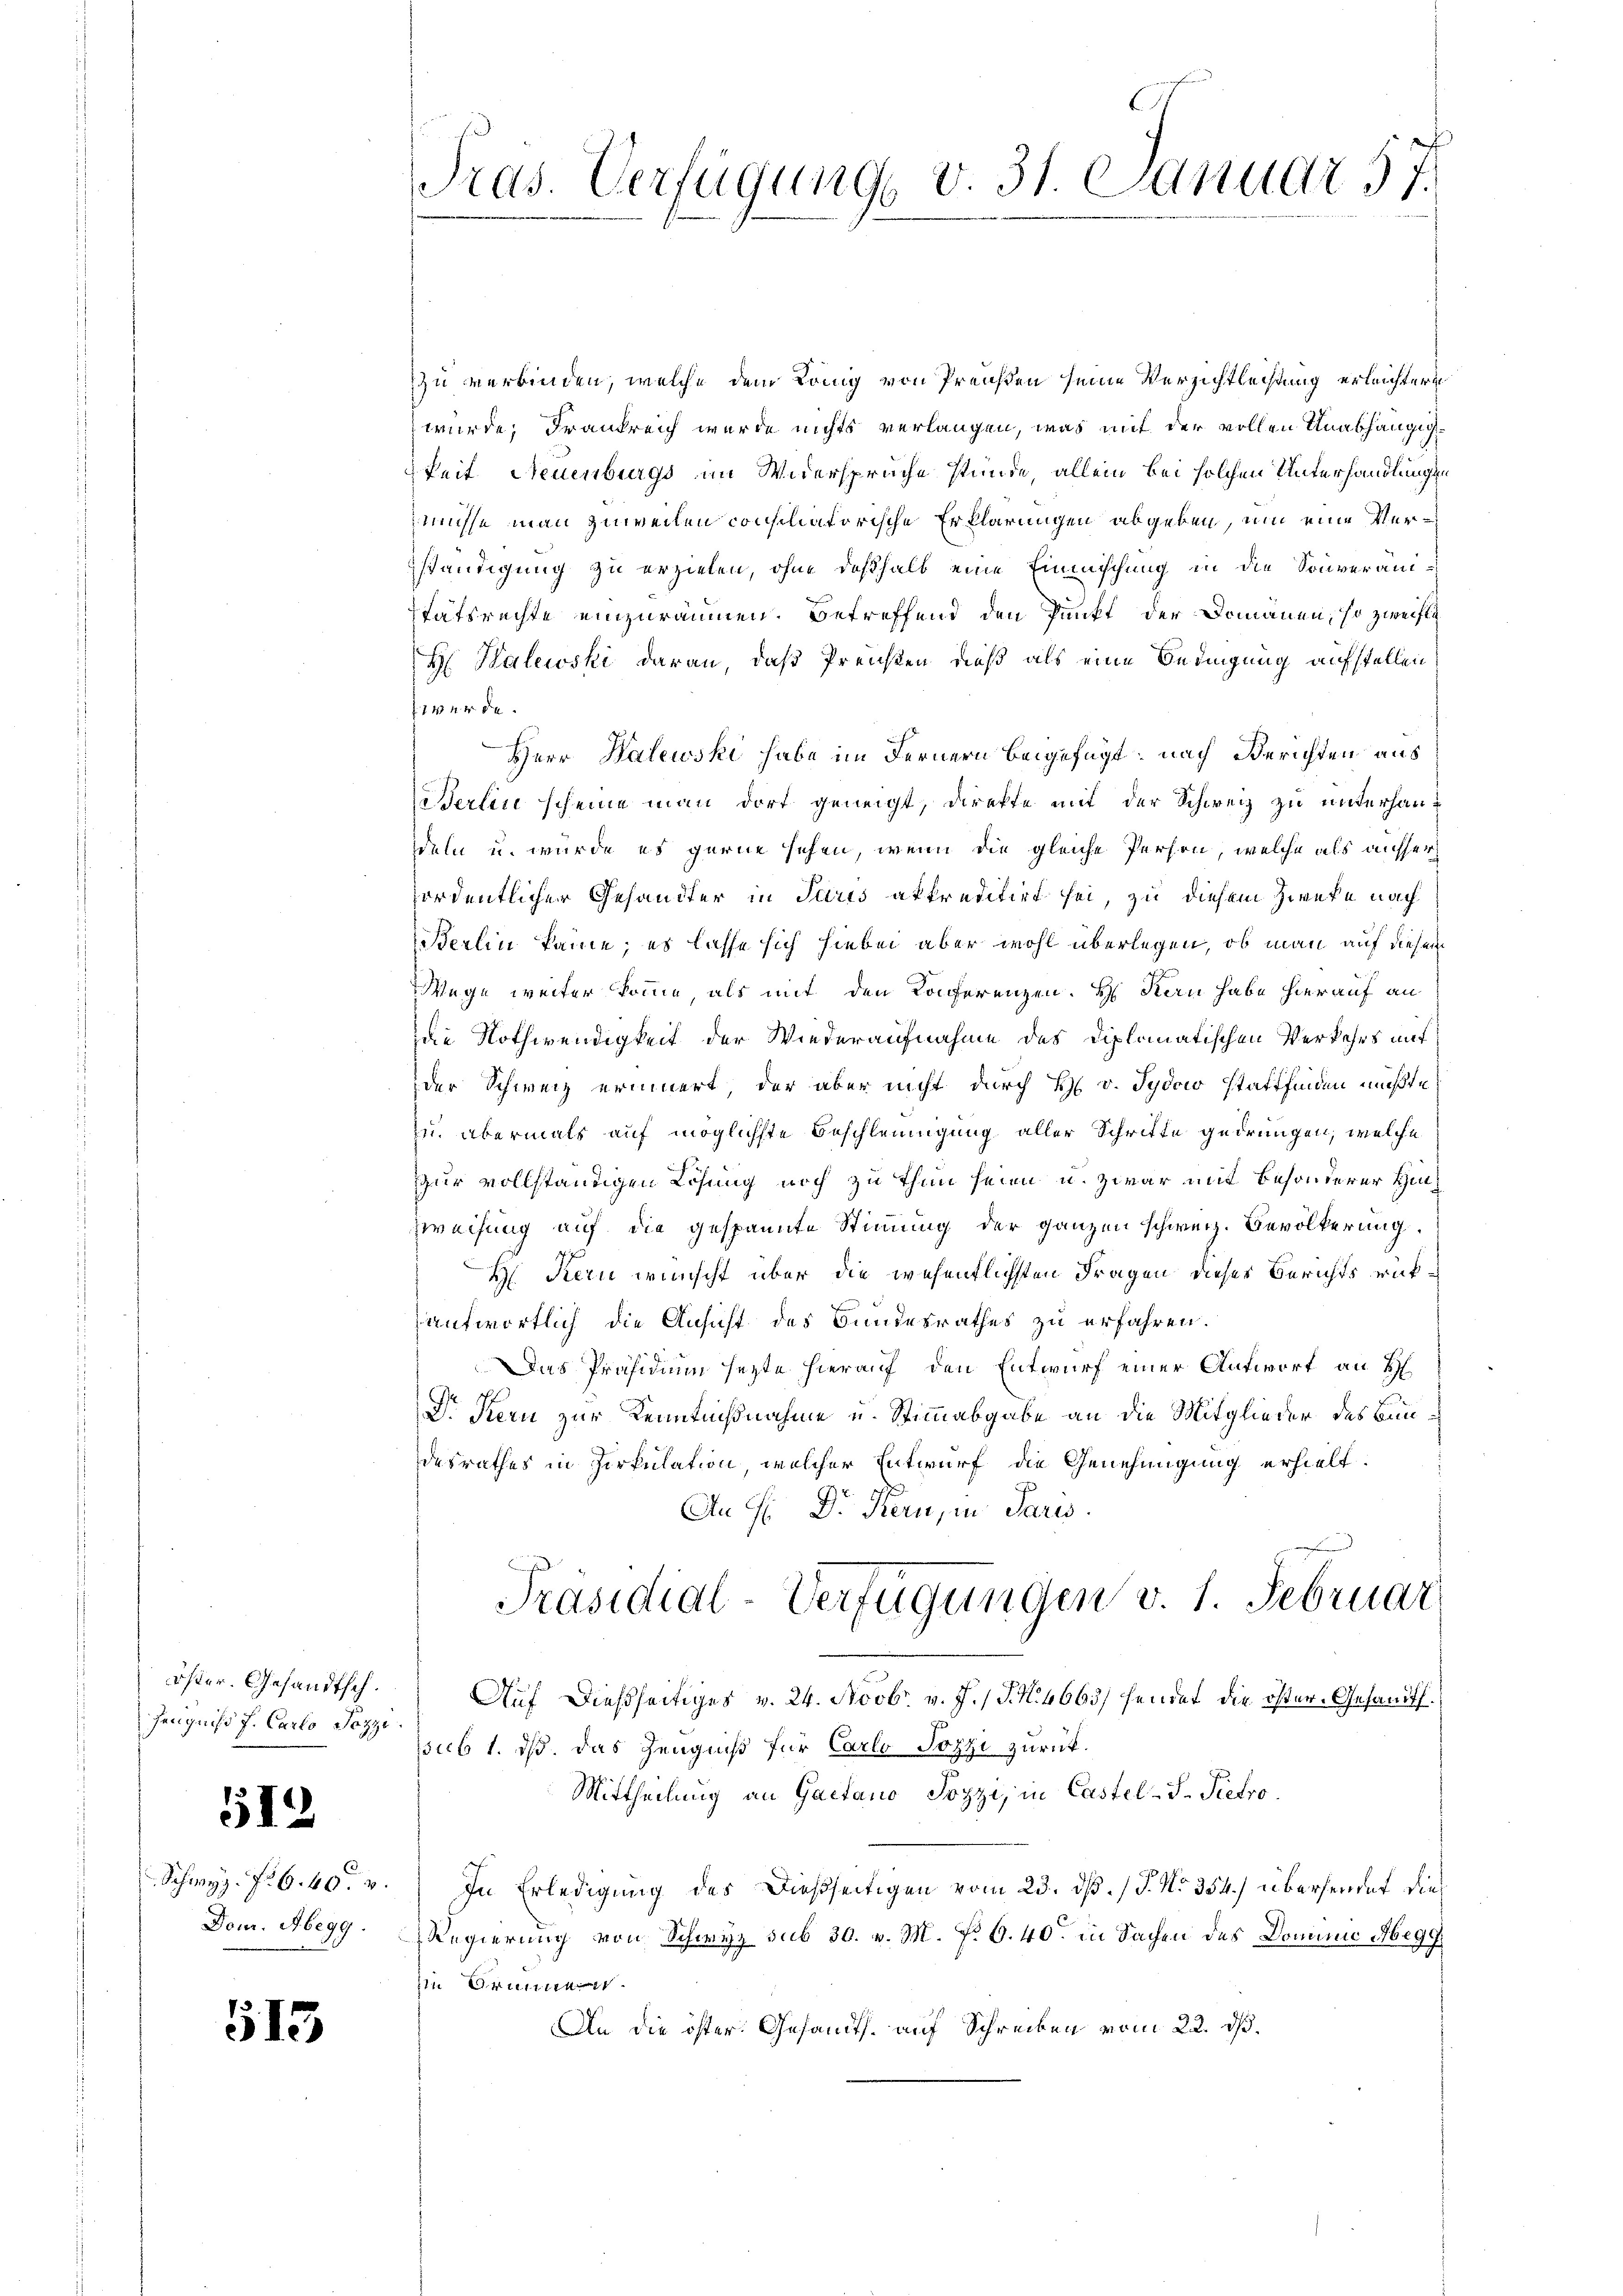
Hanquisi J. Carlo Pozzi.

512

513

Pras. Verfügung v. 31. Januar 57.

zu verbinden, welche dem König von Preußen seine Verzichtleistung erleichtern
würde, Frankreich wurde nichts verlangen, was mit der vollen Unabhängigkeit Neuenburgs im Widersprache stünde, allein bei solchen Unterhandlungen
müsse man zuweilen consiliatorische Erklärungen abgeben, um eine Verständigung zu erzielen, ohne deßhalb eine Einmischung in die Souveränitätsrechte einzuräumen. Betreffend den Punkt der Domänen, so zweifli¬
H Halewski daran, daß Preisen dieß als eine Bedingung aufstellen
werde.
Herr Halewski habe im Fernern beigefügt; nach Berichten aus
eßerlin scheine man dort geneigt, direkte mit der Schweiz zu unterhandeln u. wurde es gerne sehen, wenn die gleiche Person, welche als ausser
fordentlicher Gehändter in Paris akkreditirt sei, zu diesem Zwecke nach
Berlin käme; es lasse sich hiebei aber wohl überlegen, ob man auf diesem
Wege weiter komme, als mit den Konferenzen. Hs. Kern habe hierauf an
Die Nothwendigkeit der Wiederaufnahme des Diplomatischen Verkehrs mit
der Schweiz erinnert, der aber nicht durch H. v. Tydow stattfinden mußte
zu abermals auf möglichste Beschleunigung aller Schritte gedrungen, welche
ur vollständigen Lösung noch zu thun seien u. zwar mit besonderer Hin¬
Zweifung auf die gespannte Stimmung der ganzen schweiz. Bevölkerung.
H. Kern wünscht über die wesentlichsten Fragen dieses Berichts rükantwortlich die Ansicht des Bundesrathes zu erfahren.
Das Präsidium sezte hierauf den Entwurf einer Antwort an H
Dr. Stern zur Kenntnißnahme u. Stimmabgabe an die Mitglieder des Bundesrathes in Zirkulation, welcher Entwurf die Genehmigung erhielt.
An f. Dr. Kern, in Paris.
Präsidial-Verfügungen v. 1. Februar
öster. Gesandtsch. Auf dießseitiges v. 24. Novbr. v. J. J. N. 4663/ hendet die öster. Gesandts
psub 1. ds. das Zeugniß für Carlo Pozzi zurück.
Mittheilung an Gaetano Jozzi, in Castel-S. Pietro
Schwyz. f. 6. 40. v. In Erledigung des dießseitigen vom 23. dß. / 5. No 354.) übersendet die
Dom. Abegg. Regierung von Schwyz sub 30. v. M. P. O. 40. in Sachen des Domine Abegg
zin Brunne
An die öster. Gesandts. auf Schreiben vom 22. dß.